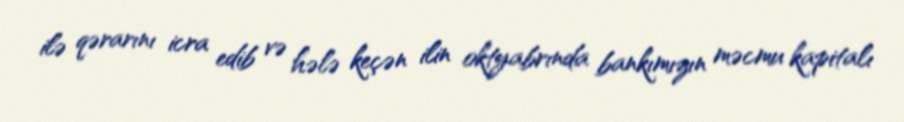
ilə qərarını icra edib və hələ keçən ilin oktyabrında bankımızın məcmu kapitalı